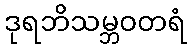
ဒုရဘိသမ္ဘဝတရံ